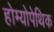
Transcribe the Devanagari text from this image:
होम्योपेथिक